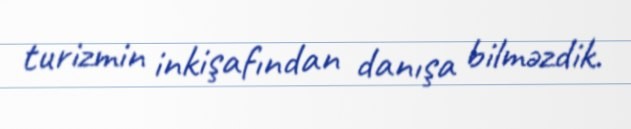
turizmin inkişafından danışa bilməzdik.